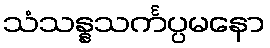
သံသန္နသင်္ကပ္ပမနော